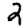
Digit: 2